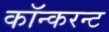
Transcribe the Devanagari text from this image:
कॉन्करन्ट